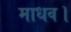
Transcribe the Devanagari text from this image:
माधव।